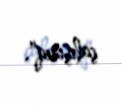
çalışırıq".